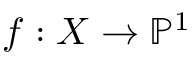
f : X \to \mathbb { P } ^ { 1 }